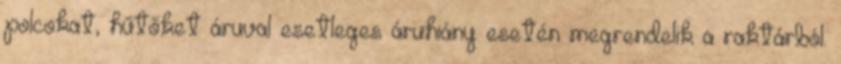
polcokat, hűtőket áruval esetleges áruhiány esetén megrendelik a raktárból.